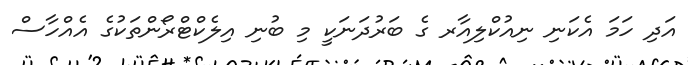
އަދި ހަމަ އެކަނި ނިއުކްލިއާރ ގެ ބަރުދަނަކީ މި ބުނި އިލެކްޓްރޯންތަކުގެ އެއްހާސް